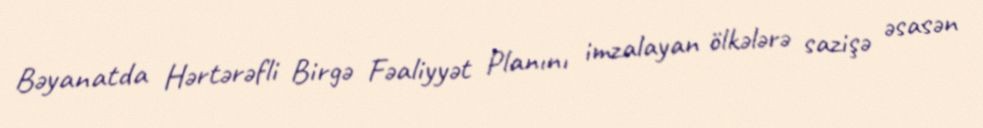
Bəyanatda Hərtərəfli Birgə Fəaliyyət Planını imzalayan ölkələrə sazişə əsasən